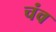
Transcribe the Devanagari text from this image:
चंव